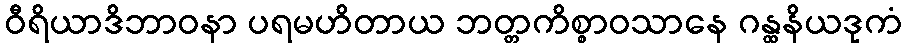
ဝီရိယာဒိဘာဝနာ ပရမဟိတာယ ဘတ္တကိစ္စာဝသာနေ ဂန္ထနိယဒုကံ